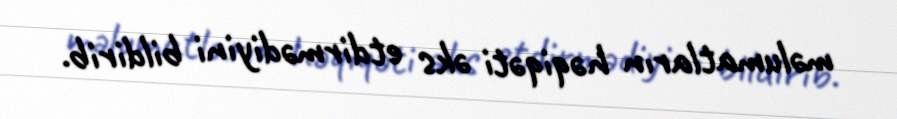
məlumatların həqiqəti əks etdirmədiyini bildirib.